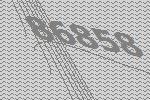
86858